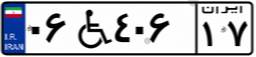
۵۸W۷۴۴۹۹